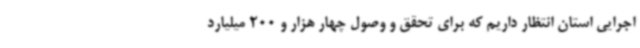
اجرایی استان انتظار داریم که برای تحقق و وصول چهار هزار و 200 میلیارد